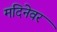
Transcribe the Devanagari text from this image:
मदिनेवर